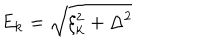
E _ { \bf k } = \sqrt { \xi _ { \bf k } ^ { 2 } + \Delta ^ { 2 } }